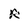
Character: r